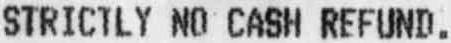
STRICTLY NO CASH REFUND.